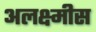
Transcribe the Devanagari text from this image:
अलक्ष्मीस